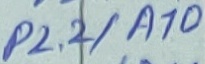
Text: P2.2/A10